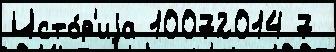
Исто́р'иjа 10072014 7